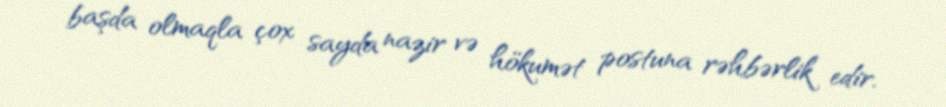
başda olmaqla çox sayda nazir və hökumət postuna rəhbərlik edir.